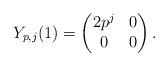
LaTeX: \begin{align*} Y_{p,j}(1) = \begin{pmatrix} 2p^j & 0\\ 0&0\end{pmatrix}. \end{align*}